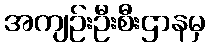
အကျဉ်းဦးစီးဌာနမှ